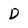
Character: D